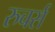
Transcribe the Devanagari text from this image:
रुचर्स